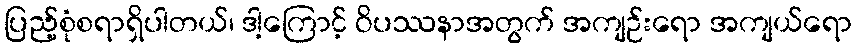
ပြည့်စုံစရာရှိပါတယ်၊ ဒါ့ကြောင့် ဝိပဿနာအတွက် အကျဉ်းရော အကျယ်ရော